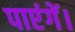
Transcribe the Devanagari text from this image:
पाएंगें।